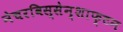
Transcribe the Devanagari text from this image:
नेचरविस्सेन्शाफ्टन